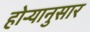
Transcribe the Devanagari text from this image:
होर्‍यानुसार